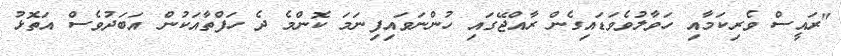
"ރައީސް ވެރިކަމާއި ހަވާލުވެވަޑައިގެން ރާއްޖޭގައި ހުންނަވައިފިނަމަ ކޮންމެ ދެ ހަފްތާއަކުން އަަބަދުވެސް އަތޮޅު